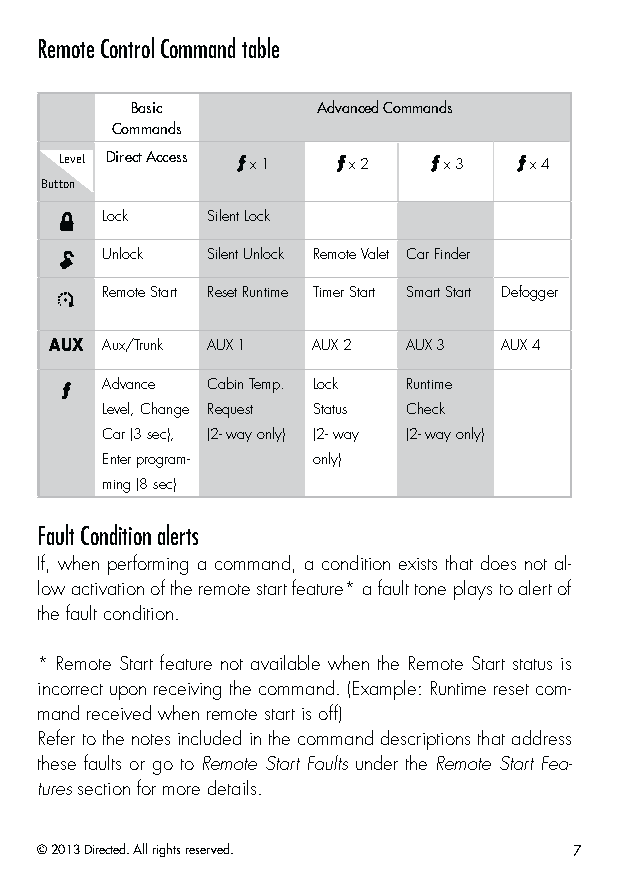
Remote Control Command table
 Basic       Advanced Commands
 Commands
 Level Direct Access x 1 x 2 x 3 x 4
 Button
 Lock   Silent Lock
 Unlock Silent Unlock Remote Valet Car Finder
 Remote Start Reset Runtime Timer Start Smart Start Defogger
 AUX Aux/Trunk AUX 1 AUX 2 AUX 3 AUX 4
 Advance Cabin Temp. Lock Runtime
 Level, Change Request Status Check
 Car (3 sec), (2- way only) (2- way (2- way only)
 Enter program- only)
 ming (8 sec)
 Fault Condition alerts
 If, when performing a command, a condition exists that does not al-
 low activation of the remote start feature* a fault tone plays to alert of
 the fault condition.
 * Remote Start feature not available when the Remote Start status is
 incorrect upon receiving the command. (Example: Runtime reset com-
 mand received when remote start is off)
 Refer to the notes included in the command descriptions that address
 these faults or go to Remote Start Faults under the Remote Start Fea-
 tures section for more details.
 © 2013 Directed. All rights reserved. 7